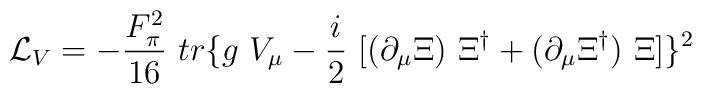
{\cal{L}}_V= -\frac{F_\pi^2}{16}~tr \{g~V_\mu -\frac{i}{2}~[(\partial_\mu \Xi)~\Xi^\dag + (\partial_\mu \Xi^\dag)~\Xi]\}^2